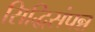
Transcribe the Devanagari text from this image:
सिद्धिसंपन्न